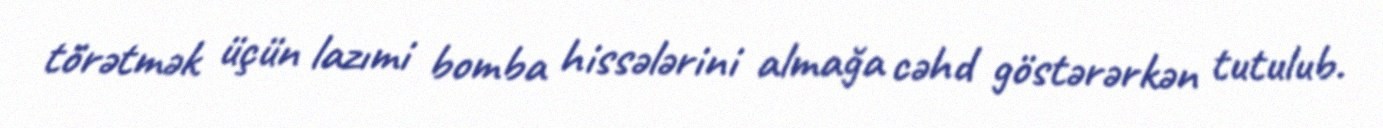
törətmək üçün lazımi bomba hissələrini almağa cəhd göstərərkən tutulub.